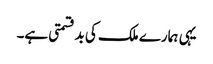
یہی ہمارے ملک کی بدقسمتی ہے۔